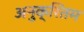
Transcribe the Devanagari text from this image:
अनुक्रितम